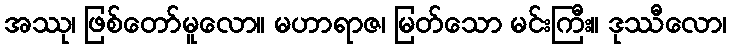
အဿု၊ ဖြစ်တော်မူလော။ မဟာရာဇ၊ မြတ်သော မင်းကြီး။ ဒုဿီလော၊